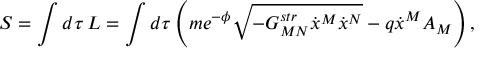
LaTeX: S = \int d \tau \, L = \int d \tau \left( m e ^ { - \phi } \sqrt { - G _ { M N } ^ { s t r } \dot { x } ^ { M } \dot { x } ^ { N } } - q \dot { x } ^ { M } A _ { M } \right) ,